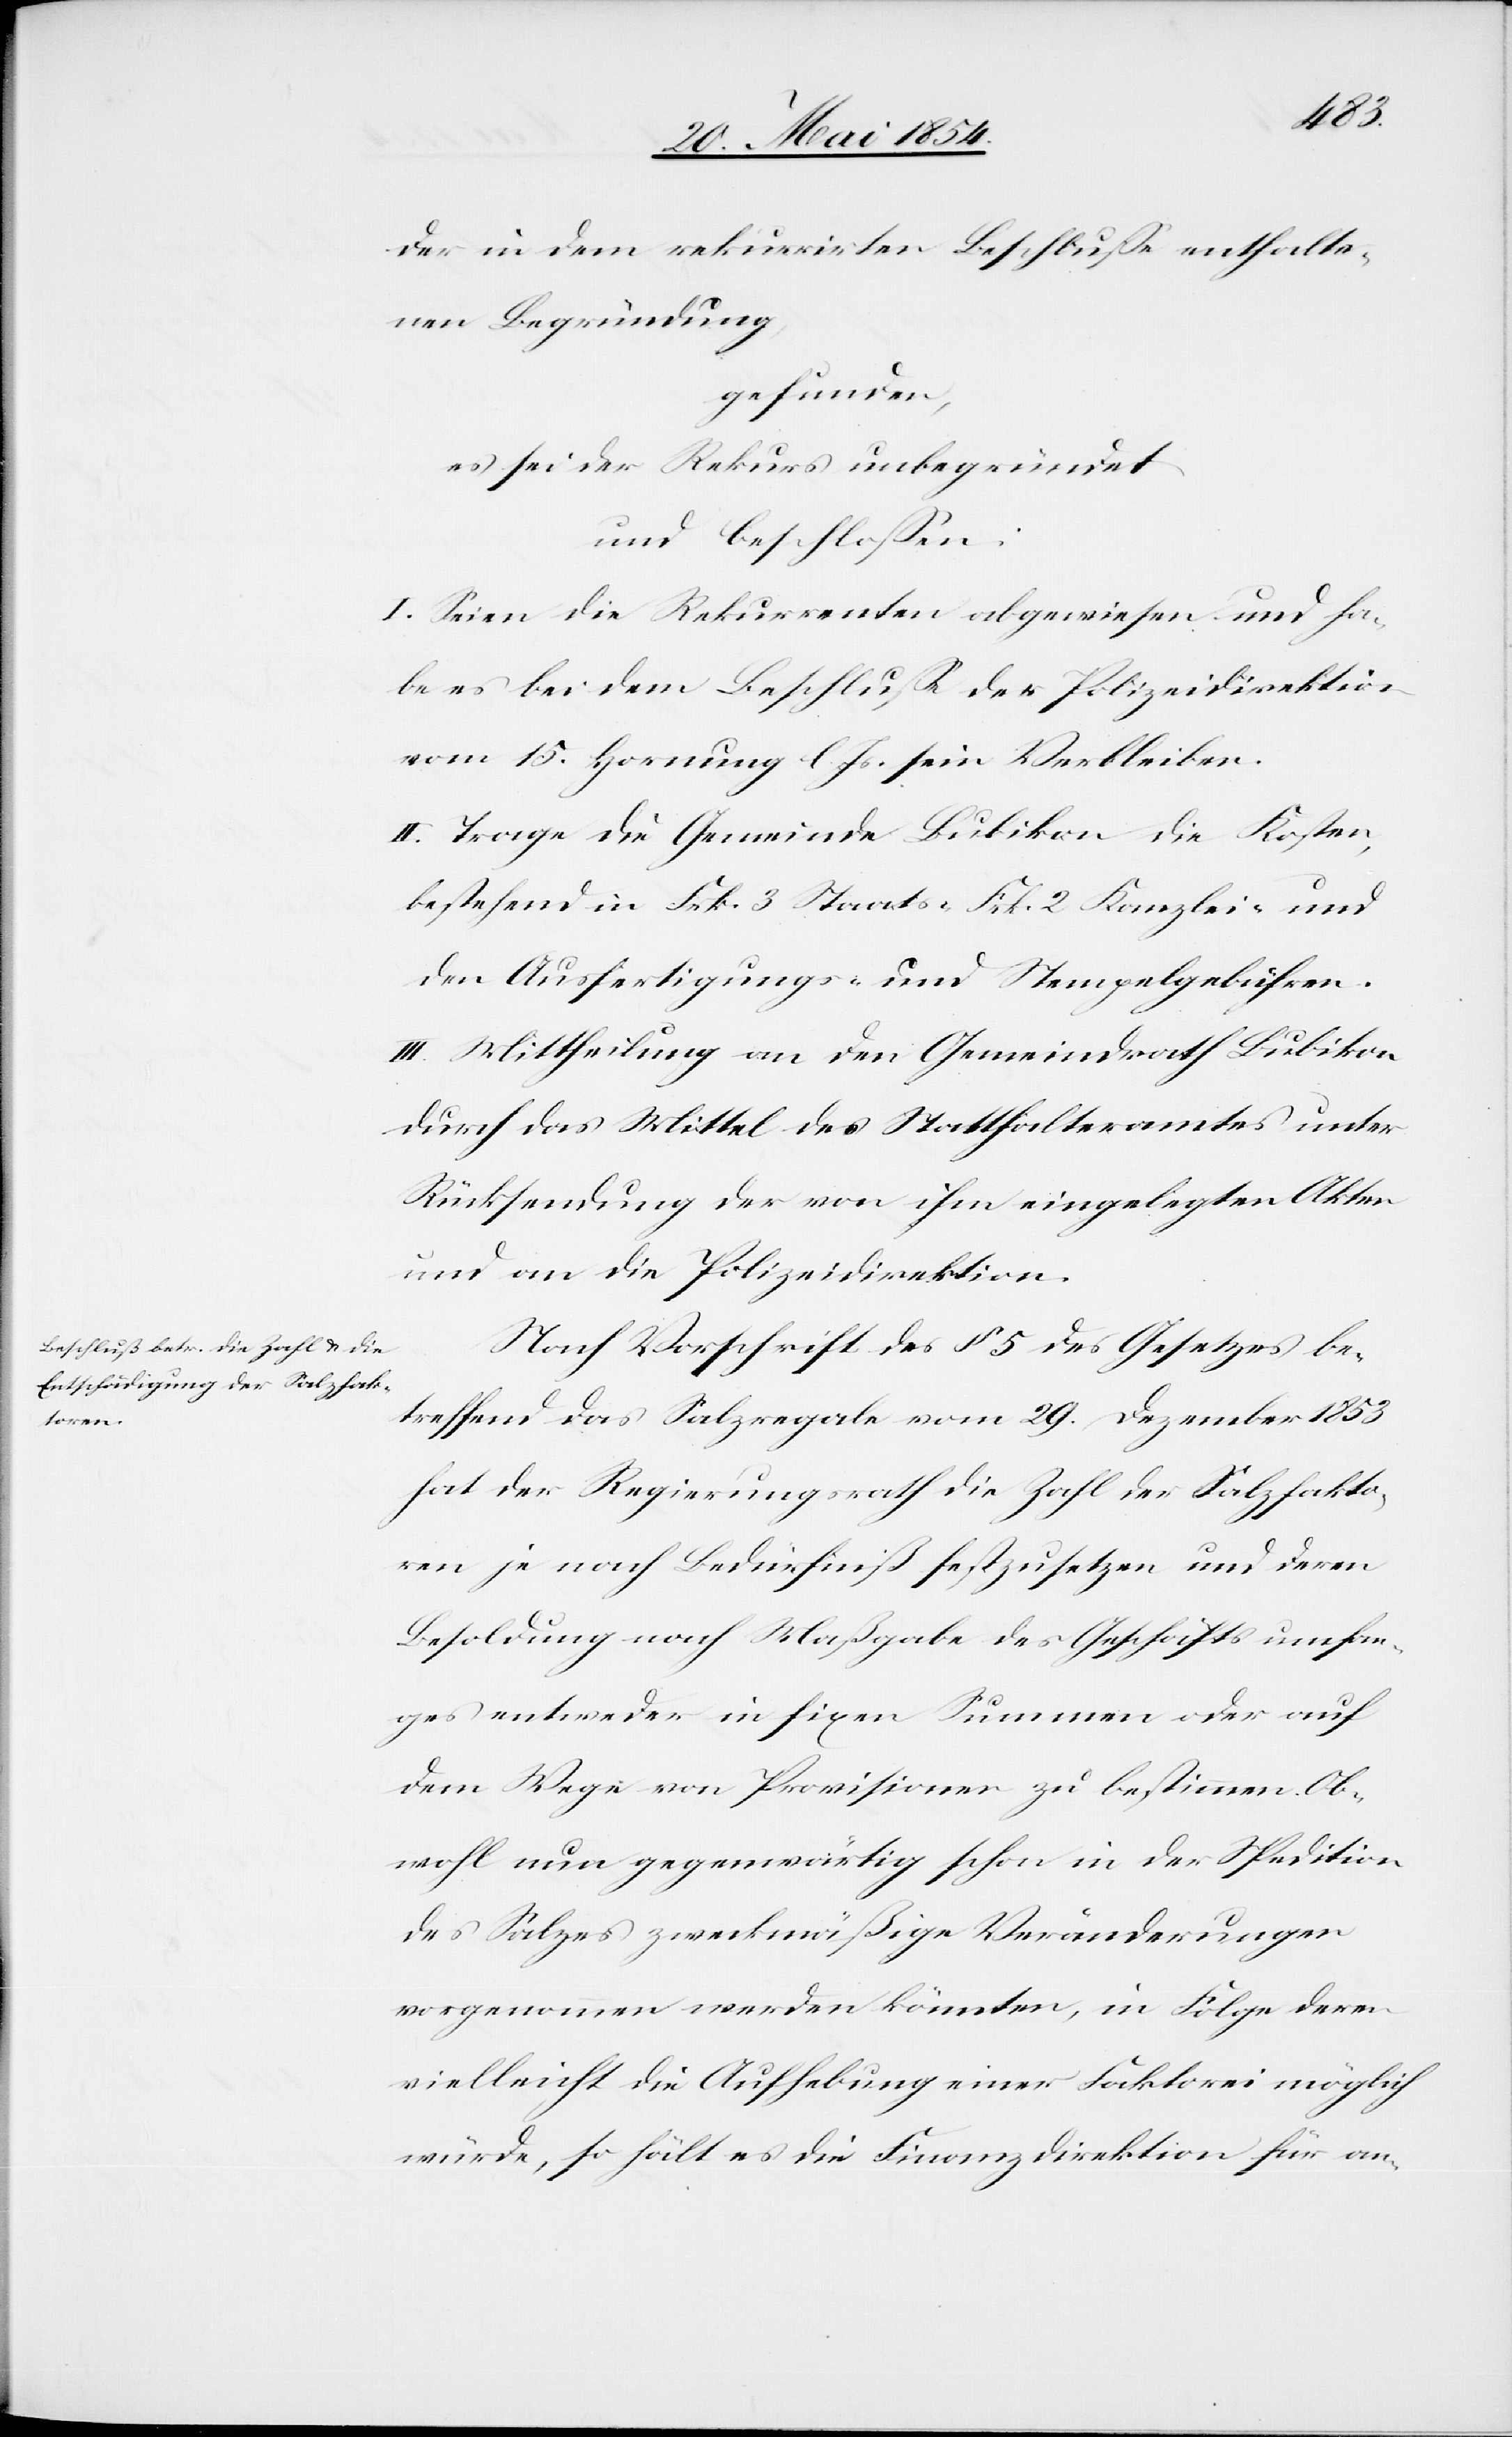
der in dem rekurrirten Beschluße enthalte¬
nen Begründung,
gefunden,
es sei der Rekurs unbegründet
und beschloßen:
I. Seien die Rekurrenten abgewiesen und ha¬
ben es bei dem Beschluße der Polizeidirektion
vom 15. Hornung l. Js. sein Verbleiben.
II. Trage die Gemeinde Bubikon die Kosten,
bestehend in Frk. 3 Staats-[,] Frk. 2 Kanzlei- und
den Ausfertigungs- und Stempelgebühren.
III. Mittheilung an den Gemeindrath Bubikon
durch das Mittel des Statthalteramtes unter
Rücksendung der von ihm eingelegten Akten
und an die Polizeidirektion.
Nach Vorschrift des § 5 des Gesetzes be¬
treffend das Salzregale vom 29. Dezember 1853
hat der Regierungsrath die Zahl der Salzfakto¬
ren je nach Bedürfniß festzusetzen und deren
Besoldung nach Maßgabe des Geschäftsumfan¬
ges entweder in fixen Summen oder auf
dem Wege von Provisionen zu bestimmen. Ob¬
wohl nun gegenwärtig schon in der Spedition
des Salzes zweckmäßige Veränderungen
vorgenommen werden könnten, in Folge deren
vielleicht die Aufhebung einer Faktorei möglich
würde, so hält es die Finanzdirektion für an-